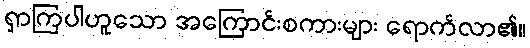
ရှာကြပါဟူသော အကြောင်းစကားများ ရောက်လာ၏။